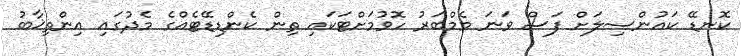
ކޮނޑޭ ކައުންސިލަށް ފަސް ވަނަ މެމްބަރު ހޮވުމަށްޓަކައި ތިން ކެންޑިޑޭޓެއްގެ މެދުގައި އިންތިޚާބު